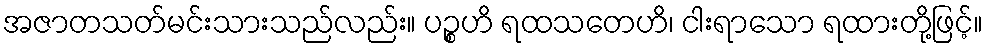
အဇာတသတ်မင်းသားသည်လည်း။ ပဉ္စဟိ ရထသတေဟိ၊ ငါးရာသော ရထားတို့ဖြင့်။